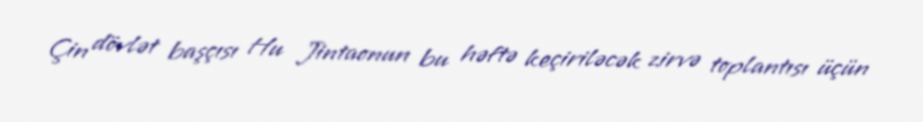
Çin dövlət başçısı Hu Jintaonun bu həftə keçiriləcək zirvə toplantısı üçün